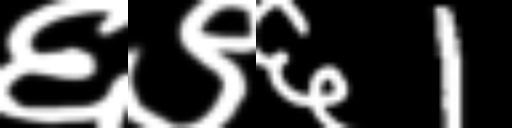
Text: ६९६1